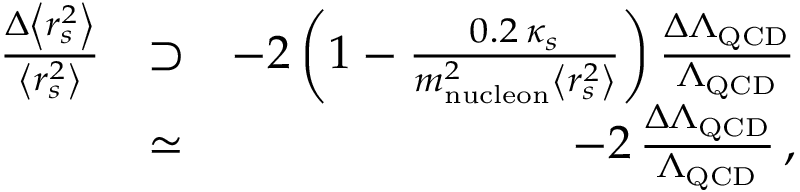
\begin{array} { r l r } { \frac { \Delta \left< r _ { s } ^ { 2 } \right> } { \left< r _ { s } ^ { 2 } \right> } } & { \supset } & { - 2 \left( 1 - \frac { 0 . 2 \, \kappa _ { s } } { m _ { \mathrm { n u c l e o n } } ^ { 2 } \left< r _ { s } ^ { 2 } \right> } \right) \frac { \Delta \Lambda _ { \mathrm { Q C D } } } { \Lambda _ { \mathrm { Q C D } } } } \\ & { \simeq } & { - 2 \, \frac { \Delta \Lambda _ { \mathrm { Q C D } } } { \Lambda _ { \mathrm { Q C D } } } \, , } \end{array}